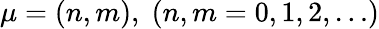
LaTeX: \mu=(n,m),\; (n,m=0,1,2,\ldots)